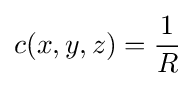
c(x,y,z)={\frac {1}{R}}